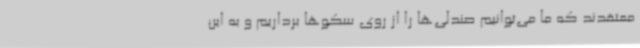
معتقدند که ما می‌توانیم صندلی‌ها را از روی سکوها برداریم و به این